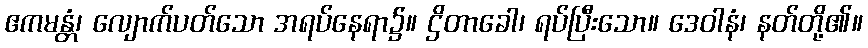
ဧကမန္တံ၊ လျောက်ပတ်သော အရပ်နေရာ၌။ ဌိတာခေါ၊ ရပ်ပြီးသော။ ဒေဝါနံ၊ နတ်တို့၏။